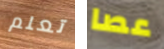
تعلم عصا